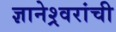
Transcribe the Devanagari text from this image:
ज्ञानेश्र्वरांची